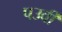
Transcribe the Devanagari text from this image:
पउर्वी